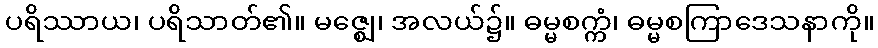
ပရိဿာယ၊ ပရိသာတ်၏။ မဇ္ဈေ၊ အလယ်၌။ ဓမ္မစက္ကံ၊ ဓမ္မစကြာဒေသနာကို။